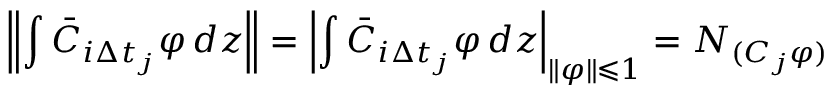
\left\| \int \bar { C } _ { i \Delta t _ { j } } \varphi \mathop { } \! { d { z } } \right\| = \left| \int \bar { C } _ { i \Delta t _ { j } } \varphi \mathop { } \! { d { z } } \right| _ { \| \varphi \| \leqslant 1 } = N _ { ( C _ { j } \varphi ) }